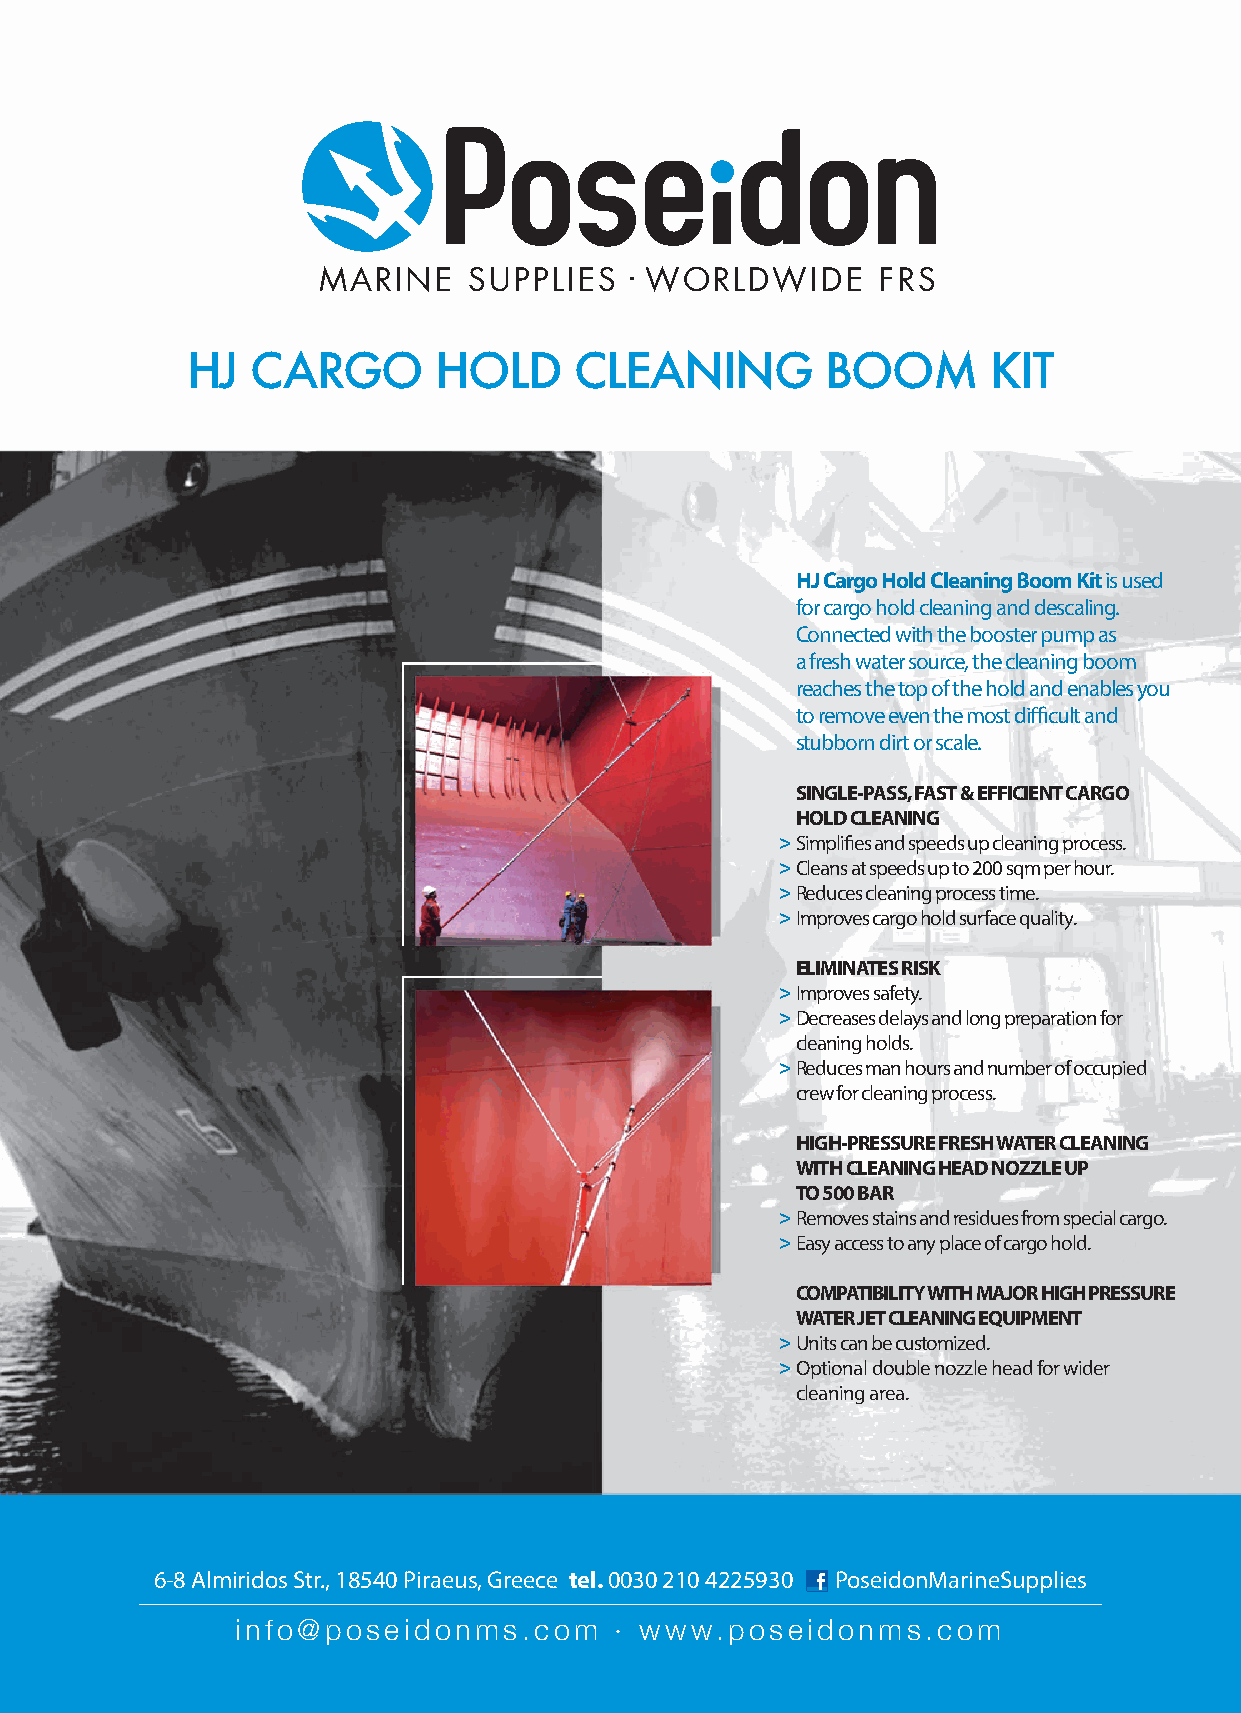
MARINE    SUPPLIES    WORLDWIDE      FRS
 HJ   CARGO       HOLD     CLEANING         BOOM       KIT
 HJ Cargo Hold Cleaning Boom Kit is used
 for cargo hold cleaning and descaling.
 Connected with the booster pump as
 a fresh water source, the cleaning boom
 reaches the top of the hold and enables you
 to remove even the most difficult and
 stubborn dirt or scale.
 SINGLE-PASS, FAST & EFFICIENT CARGO
 HOLD CLEANING
 >Simplifies and speeds up cleaning process.
 >Cleans at speeds up to 200 sqm per hour.
 >Reduces cleaning process time.
 >Improves cargo hold surface quality.
 ELIMINATES RISK
 >Improves safety.
 >Decreases delays and long preparation for
 cleaning holds.
 >Reduces man hours and number of occupied
 crew for cleaning process.
 HIGH-PRESSURE FRESH WATER CLEANING
 WITH CLEANING HEAD NOZZLE UP
 TO 500 BAR
 >Removes stains and residues from special cargo.
 >Easy access to any place of cargo hold.
 COMPATIBILITY WITH MAJOR HIGH PRESSURE
 WATER JET CLEANING EQUIPMENT
 >Units can be customized.
 >Optional double nozzle head for wider
 cleaning area.
 6-8 Almiridos Str., 18540 Piraeus, Greece tel. 0030 210 4225930 PoseidonMarineSupplies
 info@poseidonms.com       www.poseidonms.com